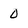
Character: 0